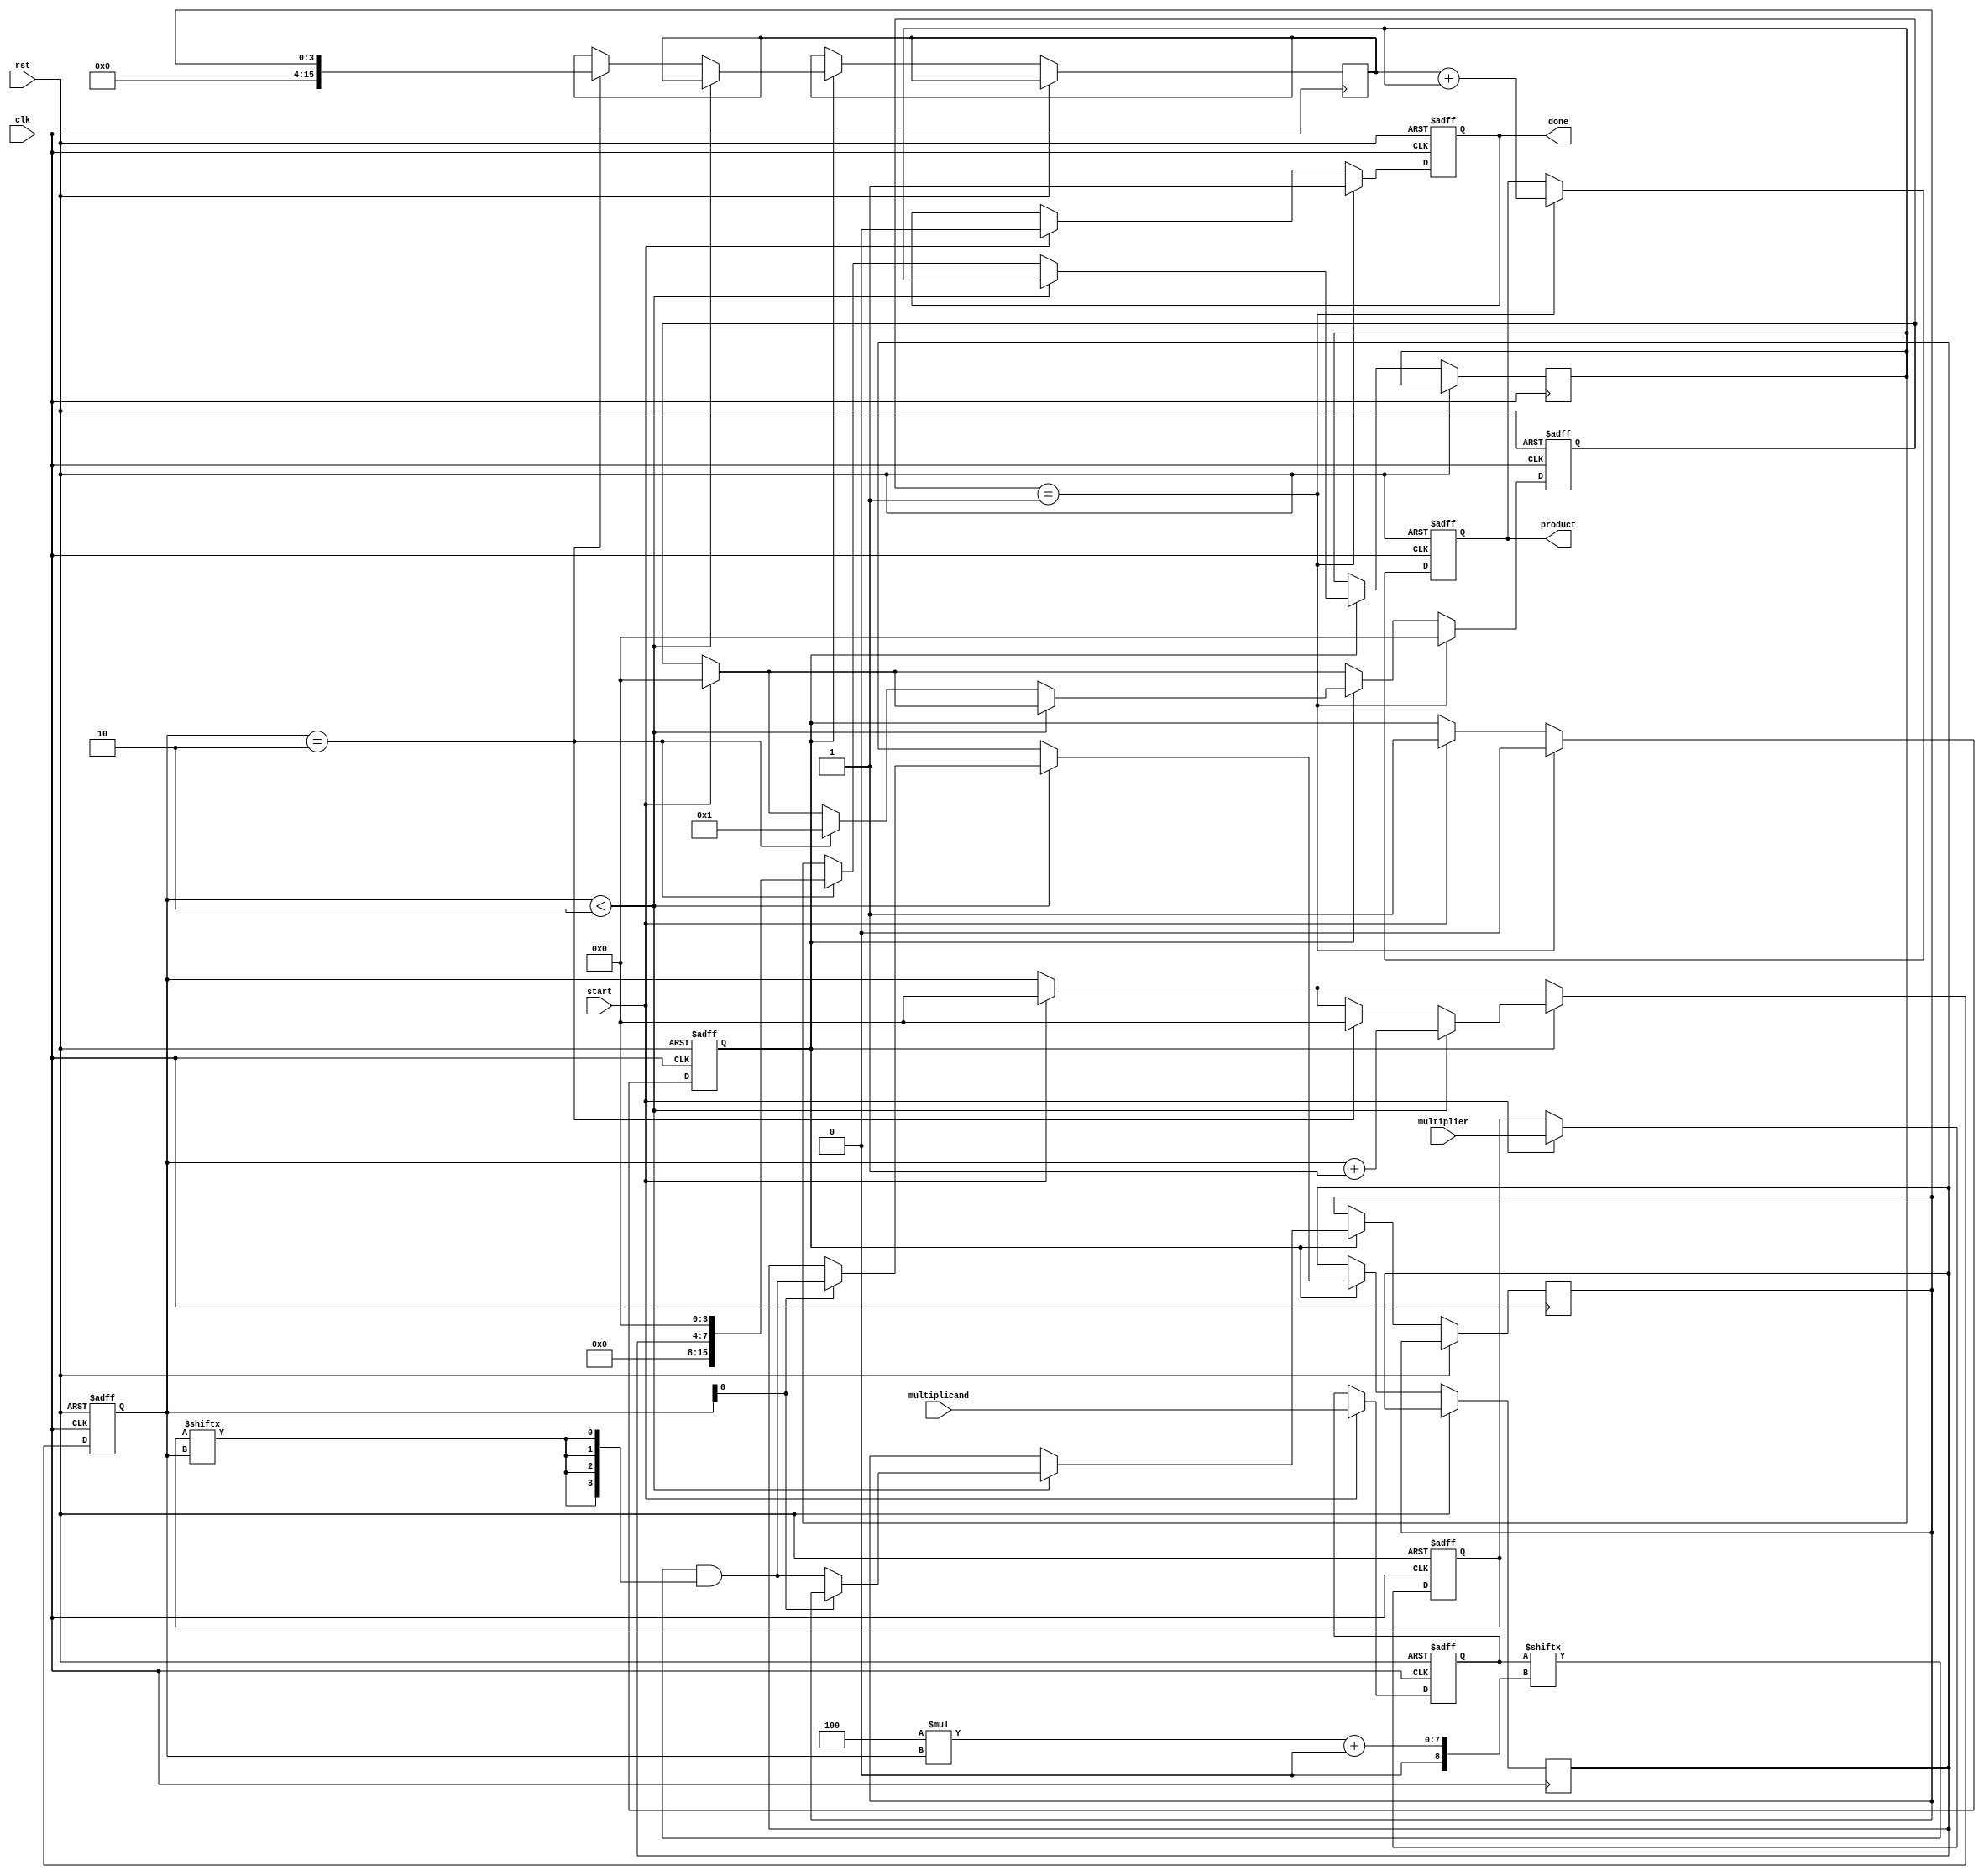
module PipelinedSlicedMultiplier (
    input clk,
    input rst,
    input [7:0] multiplicand,
    input [7:0] multiplier,
    input start,
    output reg [15:0] product,
    output reg done
);

    // Parameters
    parameter SLICE_WIDTH = 4;
    parameter NUM_SLICES = 2; // For 8-bit inputs, we have 2 slices of 4 bits each

    // Intermediate signals
    reg [SLICE_WIDTH-1:0] partial_products[0:NUM_SLICES-1];
    reg [15:0] adder_tree[0:NUM_SLICES-1];
    reg [15:0] pipeline_reg[0:NUM_SLICES-1];
    reg [3:0] slice_count;
    reg [3:0] stage;

    // Control signals
    reg [7:0] multiplicand_reg;
    reg [7:0] multiplier_reg;
    reg start_reg;

    // State machine for processing
    always @(posedge clk or posedge rst) begin
        if (rst) begin
            product <= 16'b0;
            done <= 1'b0;
            slice_count <= 0;
            stage <= 0;
            multiplicand_reg <= 0;
            multiplier_reg <= 0;
            start_reg <= 1'b0;
        end else begin
            // Latch inputs on start
            if (start) begin
                multiplicand_reg <= multiplicand;
                multiplier_reg <= multiplier;
                start_reg <= 1'b1;
                slice_count <= 0;
                done <= 1'b0;
                stage <= 0;
            end
            
            // Slice and generate partial products
            if (start_reg) begin
                if (slice_count < NUM_SLICES) begin
                    // Generate partial product for the current slice
                    partial_products[slice_count] <= multiplicand_reg[SLICE_WIDTH*slice_count +: SLICE_WIDTH] & {SLICE_WIDTH{multiplier_reg[slice_count]}};
                    slice_count <= slice_count + 1;
                end else if (slice_count == NUM_SLICES) begin
                    // Start combining partial products in the adder tree
                    adder_tree[0] <= {8'b0, partial_products[0]}; // Align first partial product
                    adder_tree[1] <= {4'b0, partial_products[1], 4'b0}; // Align second partial product
                    stage <= 1; // Move to the next stage
                    slice_count <= 0; // Reset slice count
                end
            end
            
            // Adder tree logic
            if (stage == 1) begin
                product <= adder_tree[0] + adder_tree[1];
                done <= 1'b1; // Indicate operation is complete
                start_reg <= 1'b0; // Reset start signal
                stage <= 0; // Reset stage
            end
        end
    end
endmodule